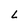
Character: L